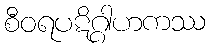
စီဝရပဋိဂ္ဂါဟကဿ